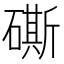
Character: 𥕶